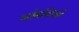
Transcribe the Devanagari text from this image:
चतेनच्चिओ